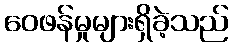
ဝေဖန်မှုများရှိခဲ့သည်